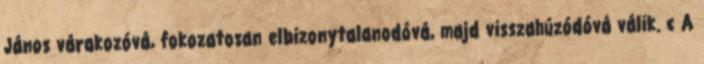
János várakozóvá, fokozatosan elbizonytalanodóvá, majd visszahúzódóvá válik. c A